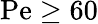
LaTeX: \mathrm{Pe}\geq 60